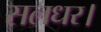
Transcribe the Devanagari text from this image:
सलधर।